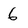
Character: 6